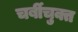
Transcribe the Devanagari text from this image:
चर्बीचुक्त